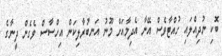
ބޮކި ނުދިއްލައި ހުއްޓާވެސް އޭނާ އެދިމާއަށް މޫނު އަނބުރާލިކަން އިހްސާސް ވެގެން ދީނާގެ